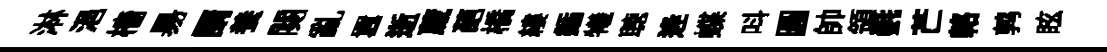
淋浥檣昜諝養闋亂囂逝蔵葩橋縷鍤犧聴逄蝶呌圓帥領㲲芒輅鹑眩